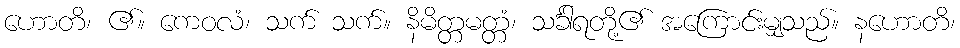
ဟောတိ၊ ၏။ ကေဝလံ၊ သက် သက်။ နိမိတ္တမတ္တံ၊ သင်္ခါရတို့၏ အကြောင်းမျှသည်။ နဟောတိ၊